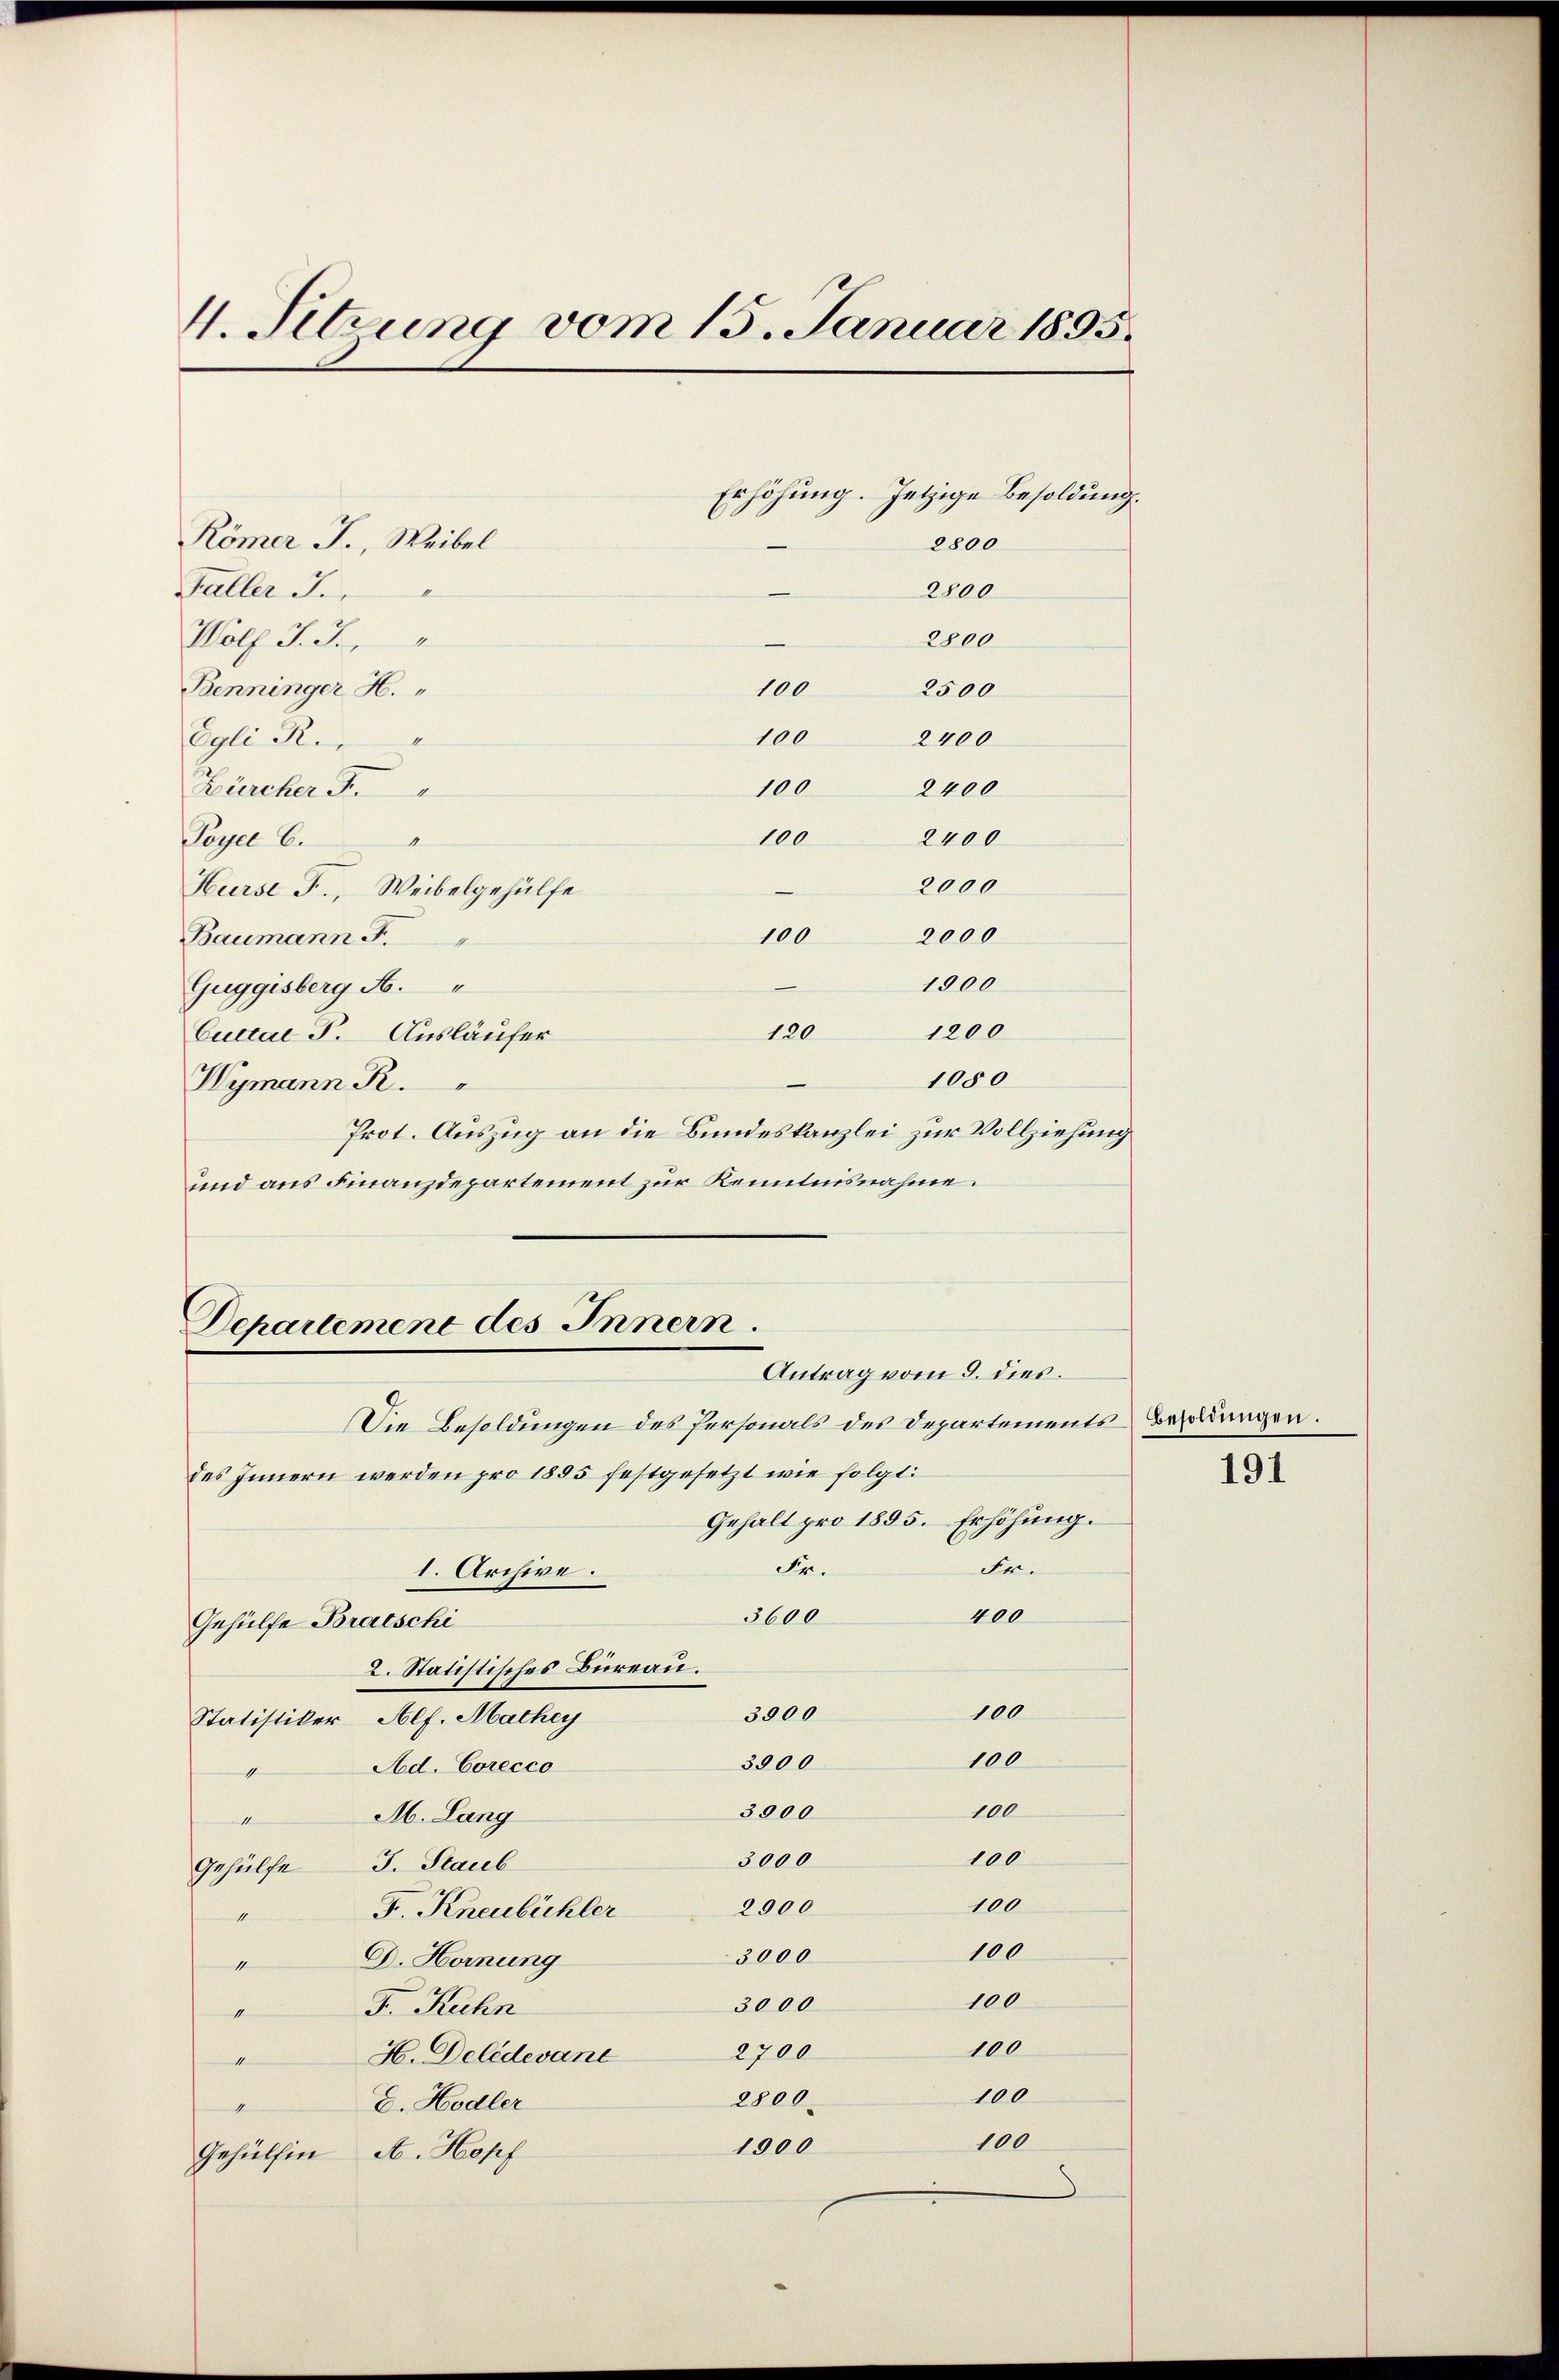
4. Sitzung vom 15. Januar 1895.

Faller J.
Egli R.
Peyer 6.
Baumann F.
1080
Wymann R.
Prot. Auszug an die Bundeskanzlei zur Vollziehung
und aus Finanzdepartement zur Kenntnisnahme.

Wolf J. J.

Römer F., Weibel
1
100
Benninger H.
100
100
Zürcher F.
100
Hurse F., Weibelgehülfe
100
Guggisberg N.
Cuctae F. Ausläufer

Erhöhung. Jetzige Besoldung.
2800
2800
2800
2500
2400
2400
2400
2000
2000
1900
120 1200

des Innern werden pro 1895 festgesetzt wie folgt:
Gehalt pro 1855. Erhöhung.
Fr.
Fr.
1. Archive.
3600
400
Gehülfe Bratschi
2. Statistisches Büreau.
100
3900
Statistiker, Alf. Machey
100
3000
Ad. Corecco
1
100
3000
M. Lang
t
100
3000
Gehülfe J. Staub
100
2,000
F. Kneubichler
enseinen en
100
3000
D. Hornung
1
100
3000
F. Kuhn
II
100
2700
H. Deledevane
e
100
2800
E. Hodler
1
100
1900
A. Hopf
Gehülfen
s

Departement des Innern.
Antrag vom 9. dies.
Die Besoldungen des Personals des Departements Besoldungen.

191